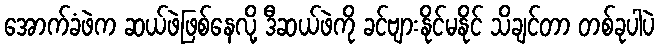
အောက်ခံဖဲက ဆယ်ဖဲဖြစ်နေလို့ ဒီဆယ်ဖဲကို ခင်ဗျားနိုင်မနိုင် သိချင်တာ တစ်ခုပါပဲ